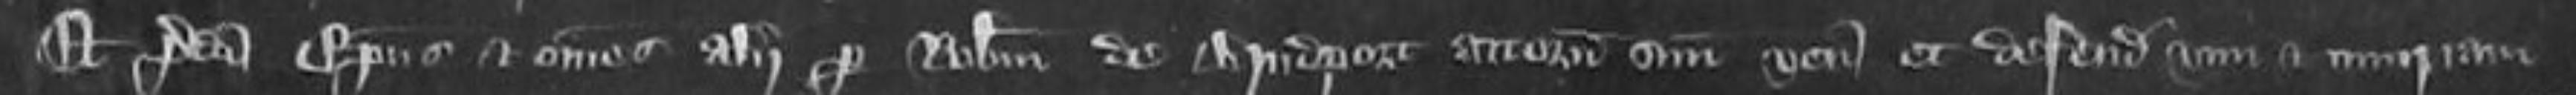
Et predicti Episcopus et omnes alii per Robertum de Bridport attornatum suum veniunt et defendunt vim et iniuriam